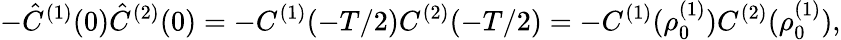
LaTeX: -\hat{C}^{(1)}(0)\hat{C}^{(2)}(0)=-C^{(1)}(-T/2)C^{(2)}(-T/2)=-C^{(1)}(\rho_{0}^{(1)})C^{(2)}(\rho_{0}^{(1)}),